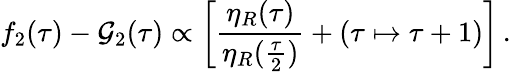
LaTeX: f_{2}(\tau)-\mathcal{G}_{2}(\tau)\propto\left[{\frac{{\eta_{R}(\tau)}}{{\eta_{R}({\frac{{\tau}}{{2}}})}}}+(\tau\mapsto\tau+1)\right]\, .